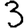
Digit: 3